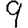
Digit: 9